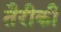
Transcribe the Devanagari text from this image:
तैरीकी